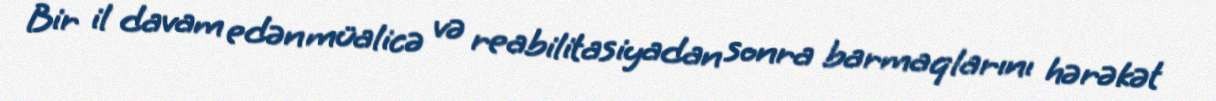
Bir il davam edən müalicə və reabilitasiyadan sonra barmaqlarını hərəkət